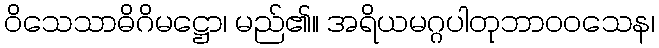
ဝိသေသာဓိဂိမဋ္ဌော၊ မည်၏။ အရိယမဂ္ဂပါတုဘာဝဝသေန၊